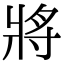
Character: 將